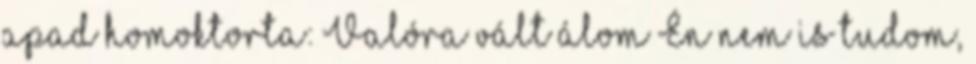
apad homoktorta: Valóra vált álom Én nem is tudom,